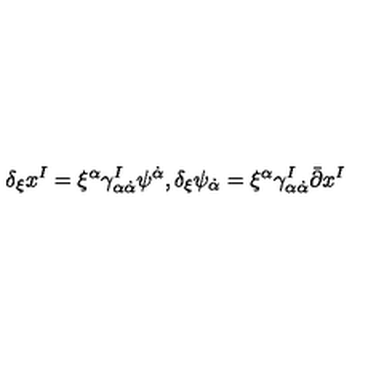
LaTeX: \delta _ { \xi } x ^ { I } = \xi ^ { \alpha } \gamma _ { \alpha \dot { \alpha } } ^ { I } \psi ^ { \dot { \alpha } } , \delta _ { \xi } \psi _ { \dot { \alpha } } = \xi ^ { \alpha } \gamma _ { \alpha \dot { \alpha } } ^ { I } \bar { \partial } x ^ { I }